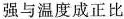
强与温度成正比